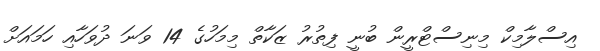
އިސްލާމިކް މިނިސްޓްރީން ބުނީ ފިތުރު ޒަކާތް މިމަހުގެ 14 ވަނަ ދުވަހާއި ހަމައަށް